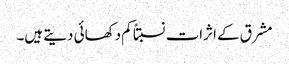
مشرق کے اثرات نسبتاً کم دکھائی دیتے ہیں۔